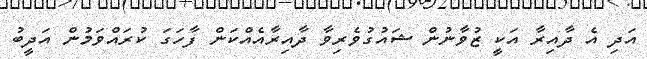
އަދި އެ ދާއިރާ އަކީ ޒުވާނުން ޝައުގުވެރިވާ ދާއިރާއެއްކަން ފާހަގަ ކުރައްވަމުން އަދީބު